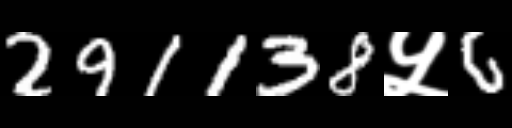
Text: 291138५6